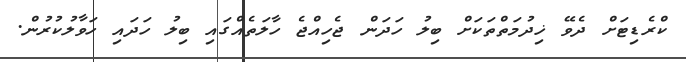
ކްރެޑިޓަށް ދެވޭ ޚިދުމަތްތަކަށް ބިލު ހަދަން ޖެހިއްޖެ ހާލަތެއްގައި ބިލު ހަދައި ހަވާލުކުރުން.